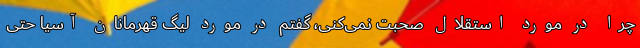
چرا در مورد استقلال صحبت نمی‌کنی، گفتم در مورد لیگ قهرمانان آسیا حتی